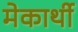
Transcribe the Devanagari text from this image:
मेकार्थी